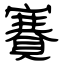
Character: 賽